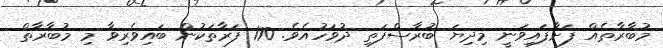
މުބާރާތެއް ފަށާފައިވަނީ މިދިޔަ ބުރާސްފަތި ދުވަހުއެވެ. 170 ފަރާތަކުން ބައިވެރިވާ މި މުބާރާތް